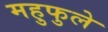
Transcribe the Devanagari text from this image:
महुफुले